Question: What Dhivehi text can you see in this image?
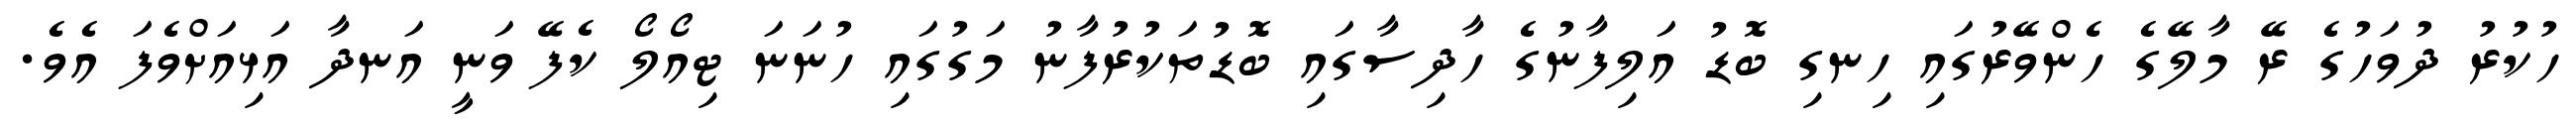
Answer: ހުކުރު ދުވަހުގެ ރޭ މާލޭގެ ހެންވޭރުގައި ހިނގި ބޮޑު އަލިފާނުގެ ހާދިސާގައި ބޮޑުތަކުރުފާނު މަގުގައި ހުނަނަ ޓިއޯލޯ ކެފޭ ވަނީ އަނދާ އަޅިއަށްވެފަ އެވެ.